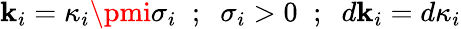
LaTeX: \mathbf{k}_{i}={\kappa}_{i}\pmi{\sigma}_{i}\; \; ;\; \; {\sigma}_{i}>0\; \; ;\; \; d\mathbf{k}_{i}=d{\kappa}_{i}